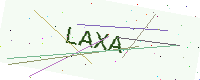
Text: LAXA